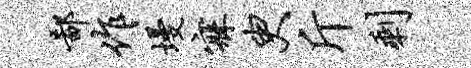
鄙作墁寐臾斤剩